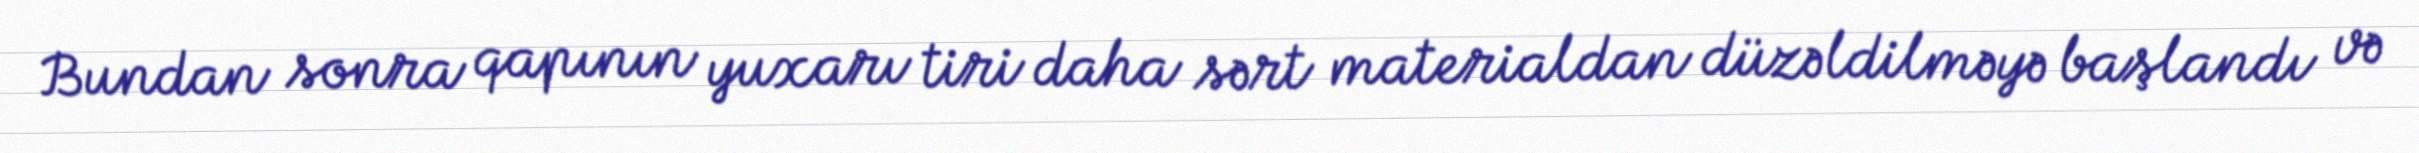
Bundan sonra qapının yuxarı tiri daha sərt materialdan düzəldilməyə başlandı və